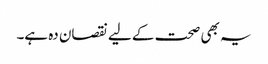
یہ بھی صحت کے لیے نقصان دہ ہے۔